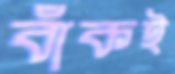
বাঁকই